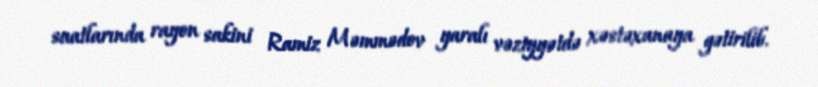
saatlarında rayon sakini Ramiz Məmmədov yaralı vəziyyətdə xəstəxanaya gətirilib.